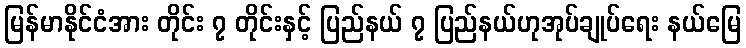
မြန်မာနိုင်ငံအား တိုင်း ၇ တိုင်းနှင့် ပြည်နယ် ၇ ပြည်နယ်ဟုအုပ်ချုပ်ရေး နယ်မြေ